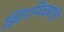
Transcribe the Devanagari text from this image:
झिरमिळ्यांचे